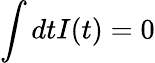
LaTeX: \int dtI(t)=0